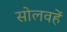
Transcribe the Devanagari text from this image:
सोलवहें